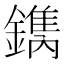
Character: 𨬺